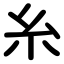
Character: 糸